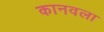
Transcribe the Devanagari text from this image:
कानवला